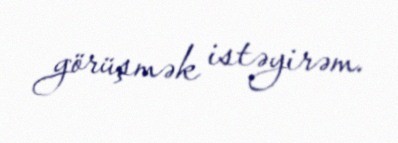
görüşmək istəyirəm.